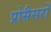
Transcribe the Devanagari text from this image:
प्रोसैसरों